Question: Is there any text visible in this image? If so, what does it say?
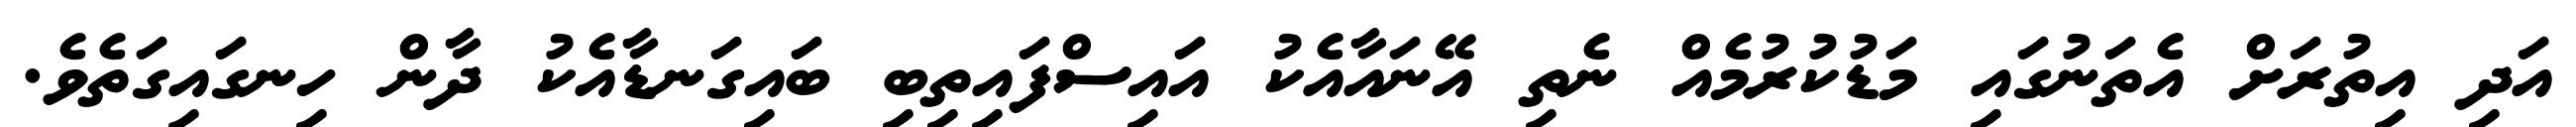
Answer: އަދި އިތުރަށް އެތަނުގައި މަޑުކުރުމެއް ނެތި އޭނައާއެކު އައިސްފައިތިބި ބައިގަނޑާއެކު ދާން ހިނގައިގަތެވެ.